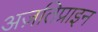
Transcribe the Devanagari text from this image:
अज़तिप्राइन